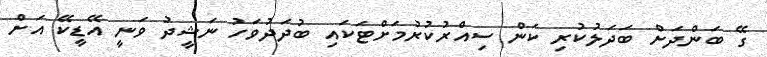
ގޭ ބަންދަށް ބަދަލުކުރި ކަން ސިއްރުކުރުމަށްޓަކައި ބުދަދުވަހު ނަޝީދު ވަނީ އޭޑީކޭ އަށް